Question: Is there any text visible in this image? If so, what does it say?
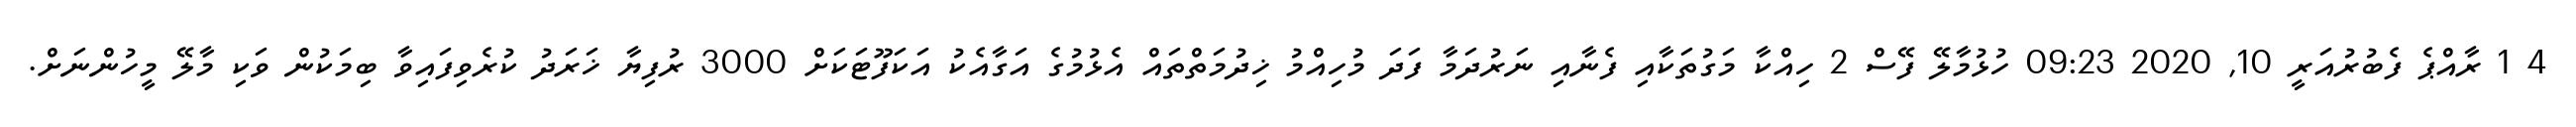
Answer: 4 1 ރާއްޕެ ފެބުރުއަރީ 10, 2020 09:23 ހުޅުމާލޭ ފޭސް 2 ހިއްކާ މަގުތަކާއި ފެނާއި ނަރުދަމާ ފަދަ މުހިއްމު ޚިދުމަތްތައް އެޅުމުގެ އަގާއެކު އަކަފޫޓަކަށް 3000 ރުފިޔާ ޚަރަދު ކުރެވިފައިވާ ބިމަކުން ވަކި މާލޭ މީހުންނަށް.